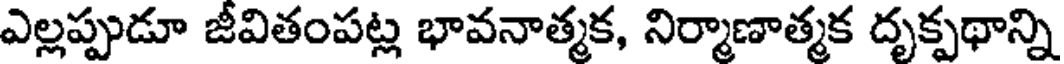
ఎల్లప్పుడూ జీవితంపట్ల భావనాత్మక, నిర్మాణాత్మక దృక్పథాన్ని